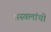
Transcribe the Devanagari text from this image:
अस्वलांची